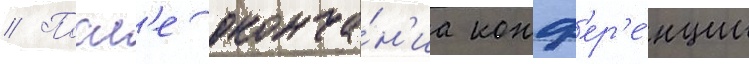
// Посл'е оконча́н'иа конф'ер'е́нции